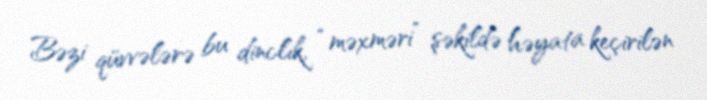
Bəzi qüvvələrə bu dinclik, “məxməri” şəkildə həyata keçirilən